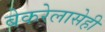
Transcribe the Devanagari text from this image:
बेकरेलासेही